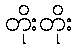
တိုးတိုး